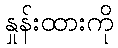
နှုန်းထားကို